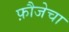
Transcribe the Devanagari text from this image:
फ़ौजेचा